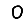
Digit: 0